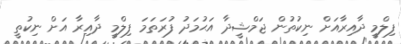
ފިލްމީ ދާއިރާއަށް ނިކުތުން ޖަމްޝީދާ އަޙުމަދު ފުރަތަމަ ފިލްމީ ދާއިރާ އަށް ނިކުތީ